King Institute of Preventive Medicine Micro-Biological Section reports 1909-11
Year: 1909
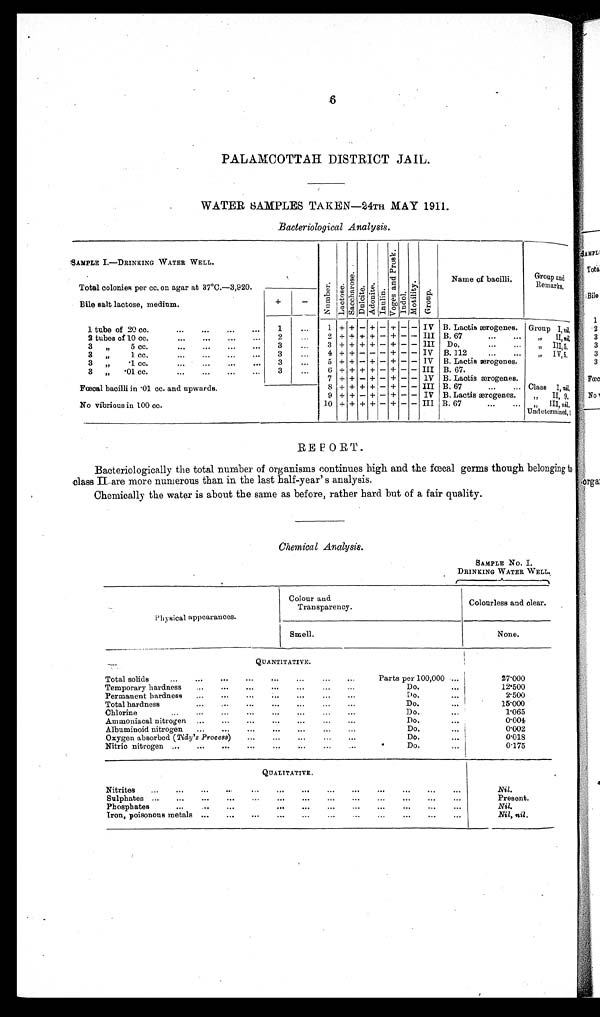
PALAMCOTTAH DISTRICT JAIL.
WATER SAMPLES TAKEN—24TH MAY 1911.
Bacteriological Analysis.
SAMPLE I.—DRINKING WATER WELL.
Number.Lact ose.Sacchar os e. Dulcite.Adoni t e.Inulin. V o g e s a n d P r o s k . Indol.Mot i l i t y.Group.
Name of bacilli.
Group and
Remarks
.
Total colonies per cc. on agar at 37°C.—3,920.
Bile salt lactose, medium.
+
−
1 tube of 20 cc.
1
1 + + − + − + − − IV B. Lactis ærogenes. Group I, nil.
2 tubes of 10 cc.
2
2 + + + + − + − − III B. 67
,, II, nil.
3 ,, 5 cc.
3
3 + + + + − + − − III
Do.
,, III, 5.
3 ,, 1 cc.
3
4 + + − − − + − − IV B. 112
,, IV,5.
3 , , · 1 c c .
3
5 + + − + − + − − IV B. Lactis ærogenes.
3 ,, ·01 cc.
3
6 + + + + − + − − III B. 67.
F œ c a l b a c i l l i i n · 0 1 c c . a n d u p w a r d s .
7 + + − + − + − − IV B. Lactis ærogenes.
Class I, nil
.
8 + + + + − + − − III B. 67
„ II, 9.
9 + + − + − + − − IV B. Lactis ærogenes.
„ III, nil.
No vibrious in 100 cc.
10 + + + + − + − − III B. 67
Undetermined 1
REPORT.
Bacteriologically the total number of organisms continues high and the fœcal germs though belonging to
class II. are more numerous than in the last half-year' s analysis.
Chemically the water is about the same as before, rather hard but of a fair quality.
Chemical Analysis.
SAMPLE No.
I DRINKINGWATER WELL.
Physical appearances.
Colour and
Transparency.
Colourless and clear.
Smell.
None.
QUANTITATIVE.
Total solids
Parts per 100,000
27·000
Temporary hardness
Do.
12·500
Permanent hardness
Do.
2·500
Total hardness
Do.
15·000
Chlorine
Do.
1·065
Ammoniacal nitrogen
Do.
0·001
Aibuminoid nitrogen
Do.
0·002
Oxygen absorbee( Tidy's Process)
Do.
0·018
Nitric nitrogen
Do.
0·175
QUALITATIVE
.
Nitrites
Nil.
Sulphates
Present.
Phosphates
Nil.
Iron, poisonous metals
Nil, nil.